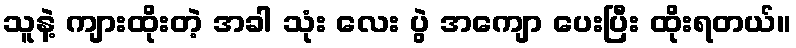
သူနဲ့ ကျားထိုးတဲ့ အခါ သုံး လေး ပွဲ အကျော ပေးပြီး ထိုးရတယ်။